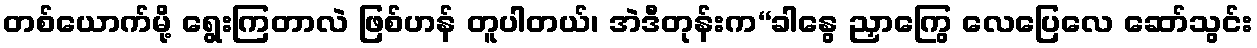
တစ်ယောက်မို့ ရွေးကြတာလဲ ဖြစ်ဟန် တူပါတယ်၊ အဲဒီတုန်းက“ခါနွေ ညှာကြွေ လေပြေလေ ဆော်သွင်း